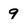
Character: 9